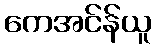
ကေအင်န်ယူ